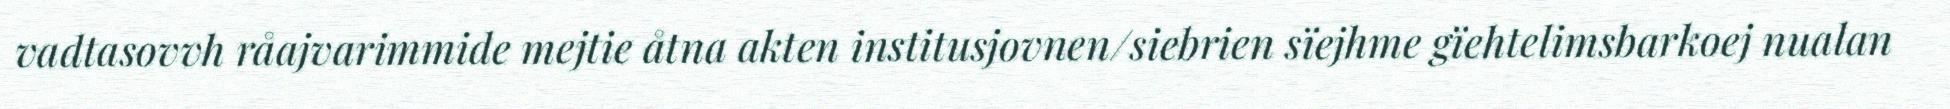
vadtasovvh råajvarimmide mejtie åtna akten institusjovnen/siebrien sïejhme gïehtelimsbarkoej nualan